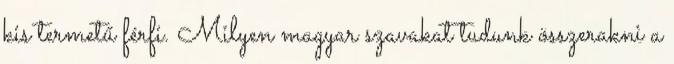
kis termetű férfi. Milyen magyar szavakat tudunk összerakni a